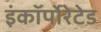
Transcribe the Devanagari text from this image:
इंकॉर्पोरेटेड